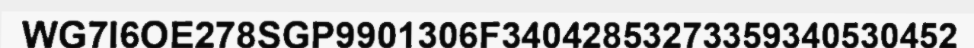
WG7I6OE278SGP9901306F34042853273359340530452